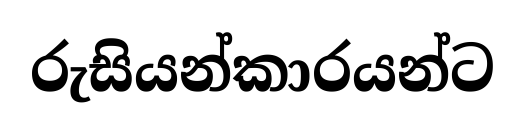
රුසියන්කාරයන්ට